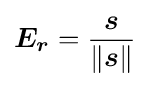
{\boldsymbol {E_{r}}}={\frac {\boldsymbol {s}}{\lVert {\boldsymbol {s}}\rVert }}